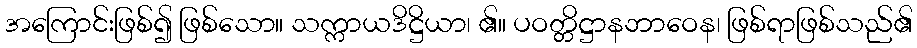
အကြောင်းဖြစ်၍ ဖြစ်သော။ သက္ကာယဒိဋ္ဌိယာ၊ ၏။ ပဝတ္တိဋ္ဌာနဘာဝေန၊ ဖြစ်ရာဖြစ်သည်၏